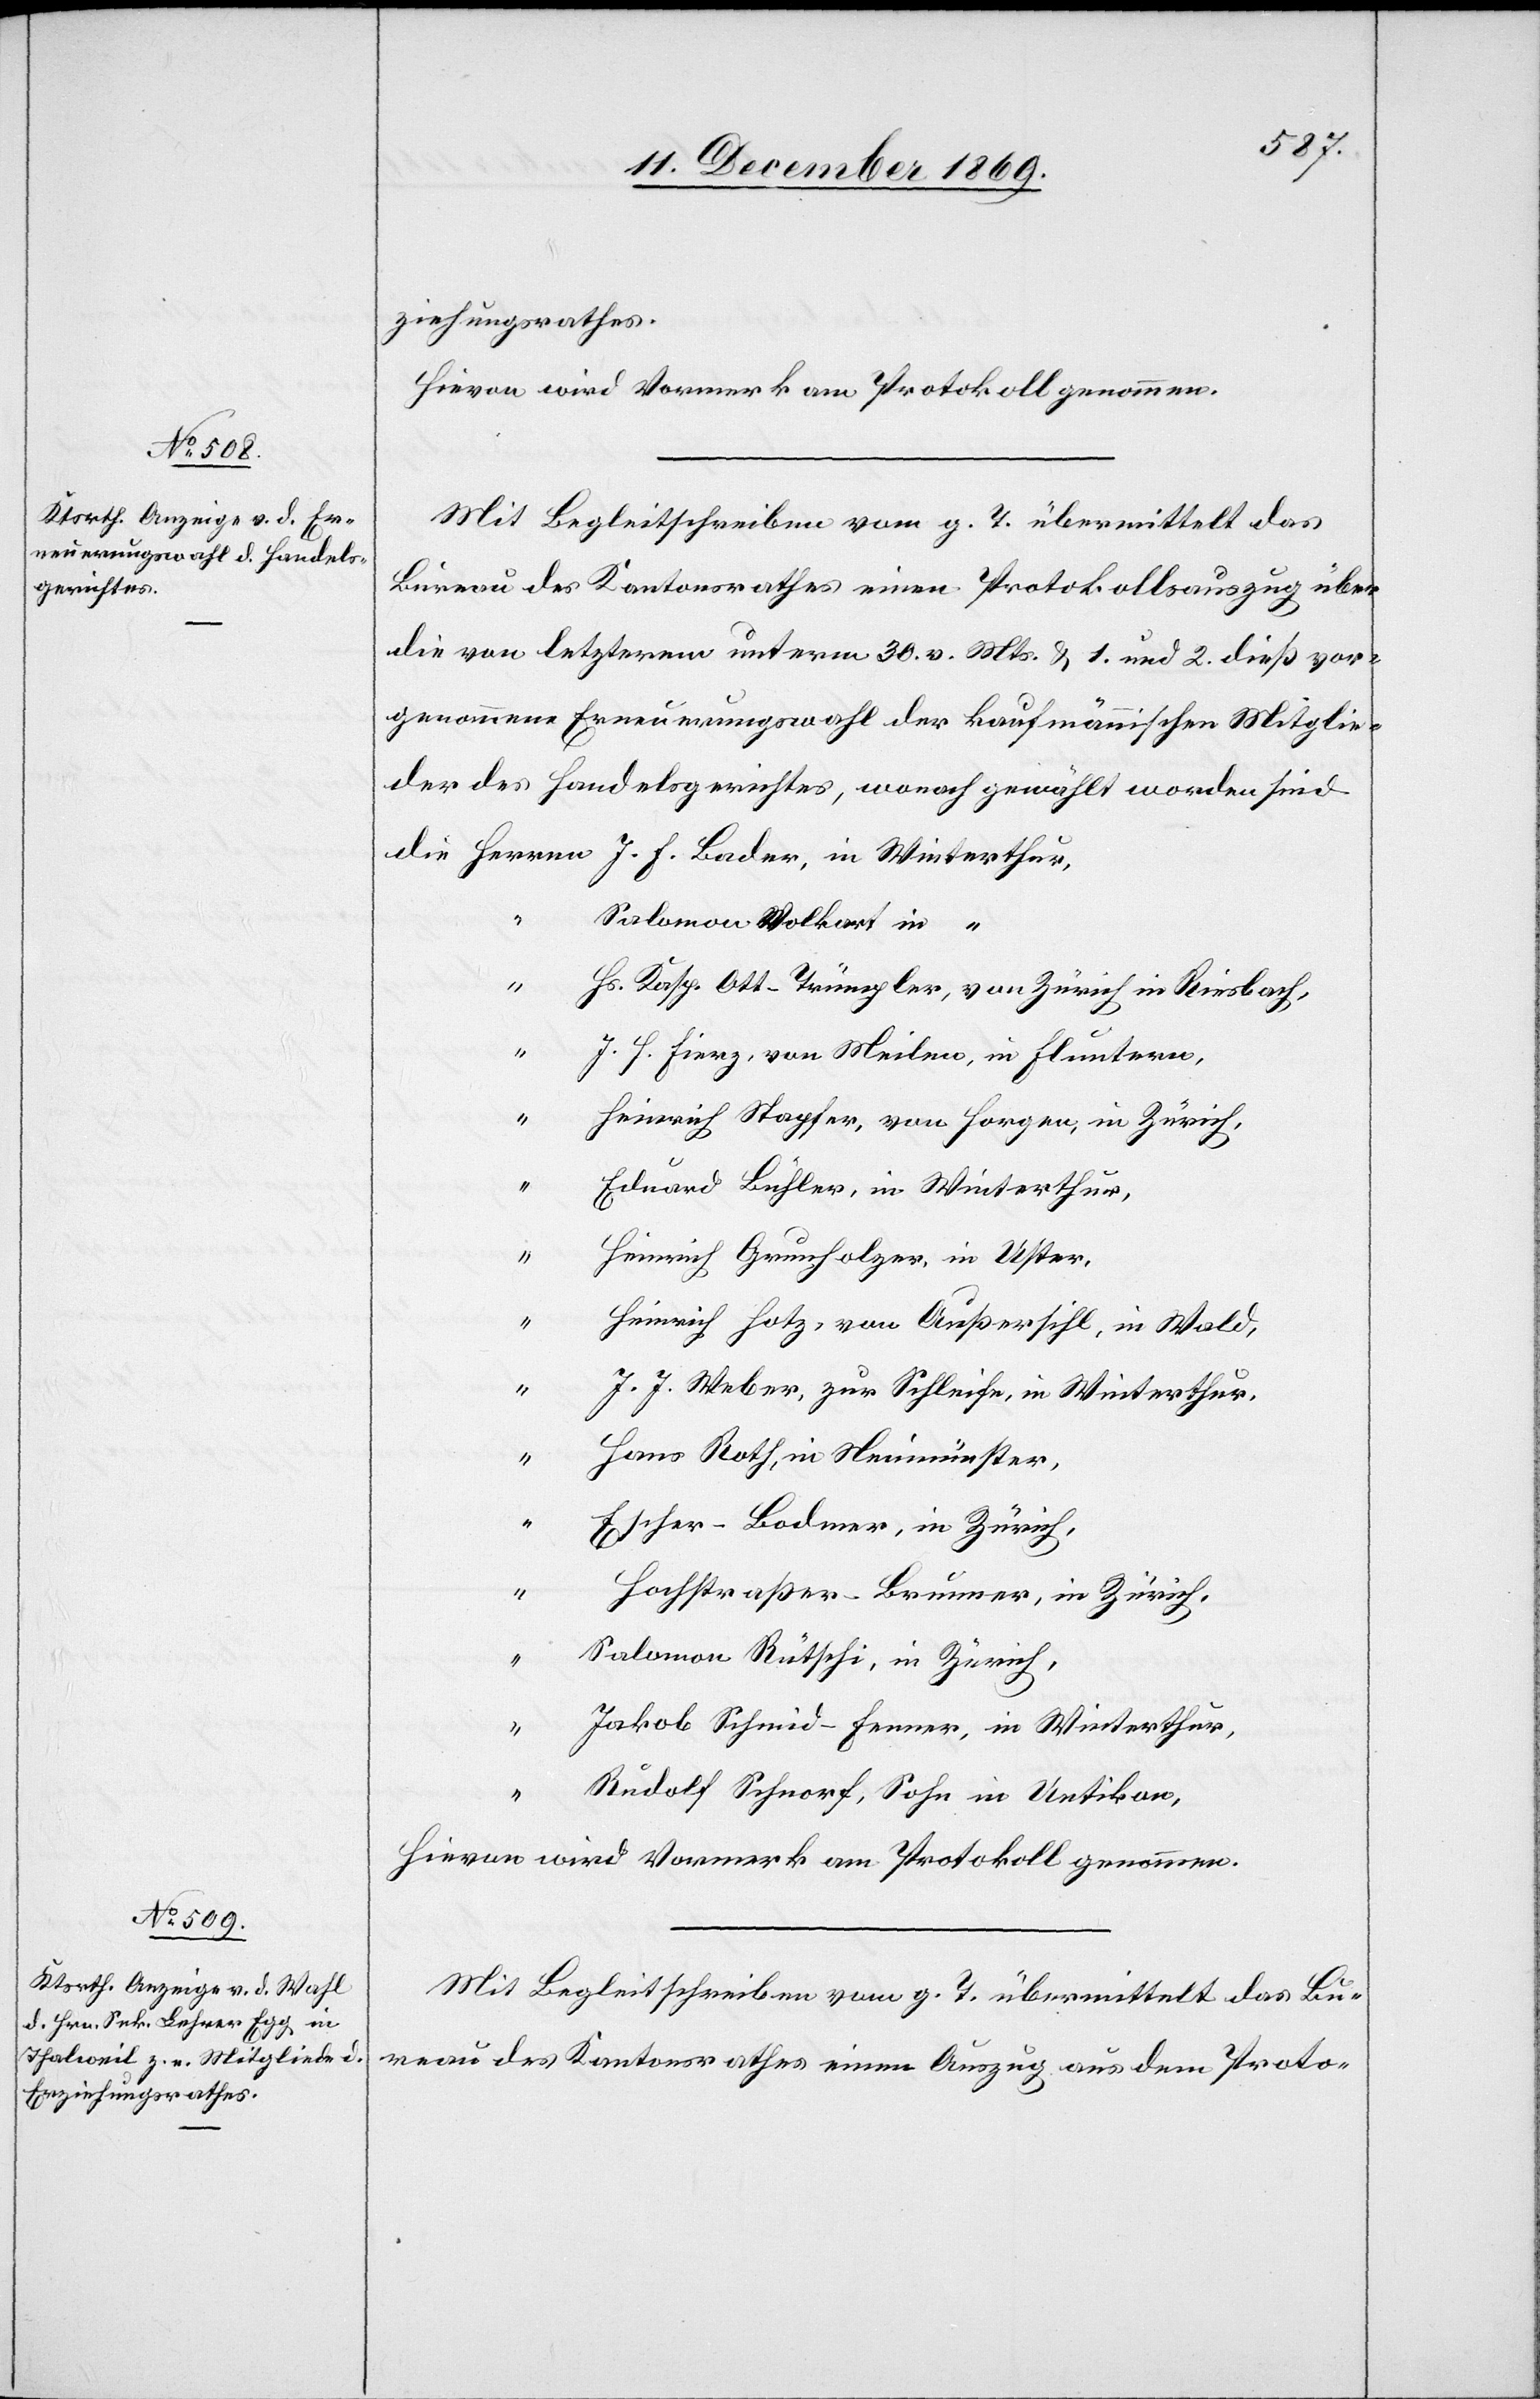
ziehungsrathes.
Hievon wird Vormerk am Protokoll genommen.
Mit Begleitschreiben vom g. T. übermittelt das
Bureau des Kantonsrathes einen Protokollsauszug über
die von letzterem unterm 30. v. Mts. & 1. und 2. dieß vor¬
genommene Erneuerungswahl der kaufmännischen Mitglie¬
der des Handelsgerichtes, wonach gewählt worden sind
Salomon Volkart in “
“
Hs. Kasp. Ott-Trümpler, von Zürich in Riesbach,
“
J. H. Fierz, von Meilen, in Fluntern,
“
Heinrich Stapfer, von Horgen, in Zürich,
“
Eduard Bühler, in Winterthur,
Heinrich Grunholzer, in Uster,
“
Heinrich Hotz, von Außersihl, in Wald,
“
J. J. Weber, zur Schleife, in Winterthur,
Hans Roth, in Neumünster,
Escher-Bodmer, in Zürich,
Hochstraßer-Brunner, in Zürich,
Salomon Rütschi, in Zürich,
“
Jakob Schmid-Fenner, in Winterthur,
“
Rudolf Schnorf, Sohn in Uetikon,
Hievon wird Vormerk am Protokoll genommen.
Mit Begleitschreiben vom g. T. übermittelt das Bu¬
reau des Kantonsrathes einen Auszug aus dem Proto-